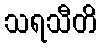
သရသီတိ